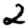
Digit: 2